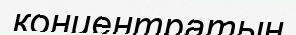
қонцентратын